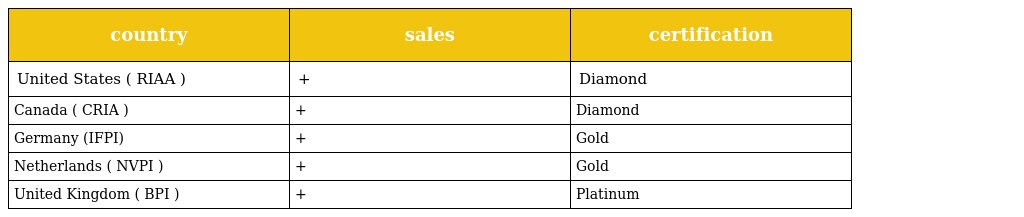
| country | sales | certification |
 | --- | --- | --- |
 | United States ( RIAA ) | + | Diamond |
 | Canada ( CRIA ) | + | Diamond |
 | Germany (IFPI) | + | Gold |
 | Netherlands ( NVPI ) | + | Gold |
 | United Kingdom ( BPI ) | + | Platinum |